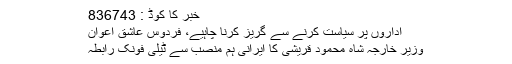
خبر کا کوڈ : 836743
اداروں پر سیاست کرنے سے گریز کرنا چاہیے، فردوس عاشق اعوان
وزیر خارجہ شاہ محمود قریشی کا ایرانی ہم منصب سے ٹیلی فونک رابطہ